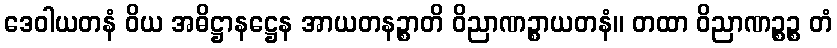
ဒေဝါယတနံ ဝိယ အဓိဋ္ဌာနဋ္ဌေန အာယတနဉ္စာတိ ဝိညာဏဉ္စာယတနံ။ တထာ ဝိညာဏဉ္စဉ္စ တံ